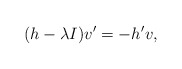
\begin{align*}(h - \lambda I)v' = -h' v,\end{align*}